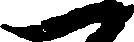
一